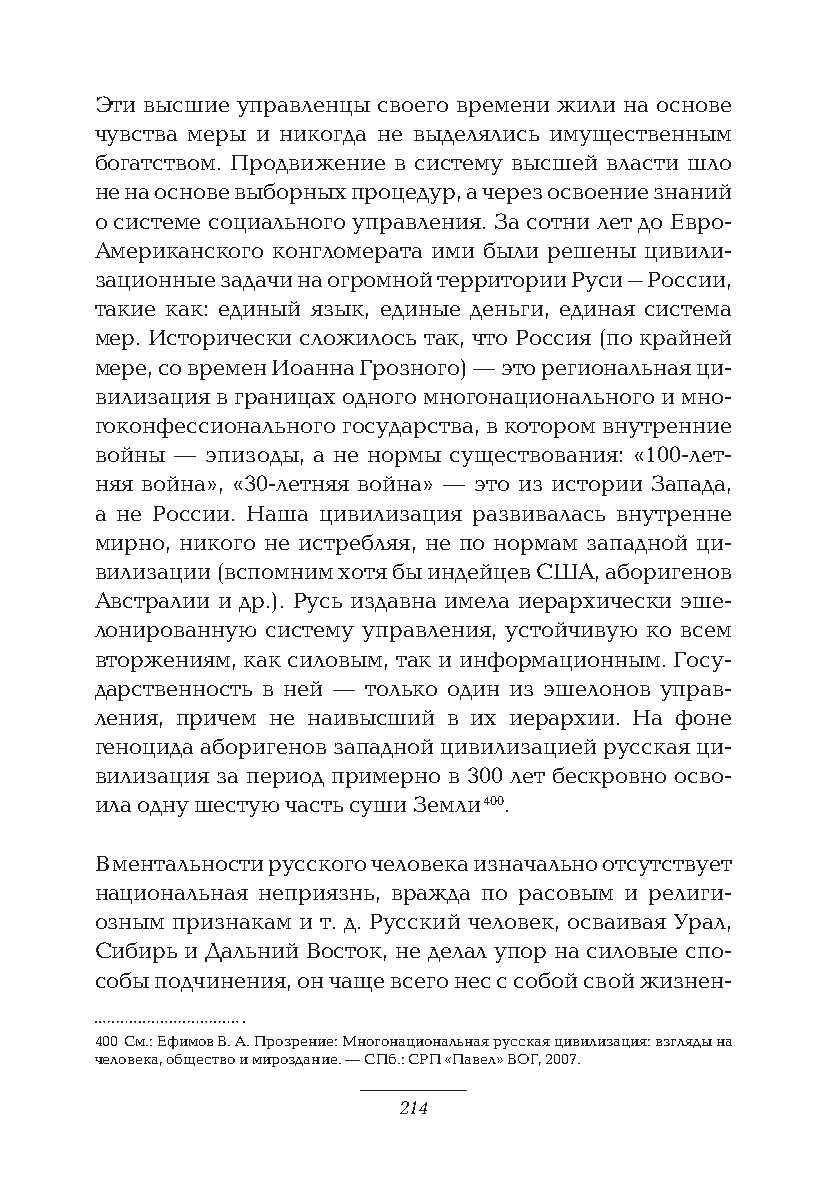
Эти высшие управленцы своего времени жили на основе
 чувства меры и никогда не выделялись имущественным
 богатством. Продвижение в систему высшей власти шло
 не на основе выборных процедур, а через освоение знаний
 о системе социального управления. За сотни лет до Евро-
 Американского конгломерата ими были решены цивили-
 зационные задачи на огромной территории Руси–России,
 такие как: единый язык, единые деньги, единая система
 мер. Исторически сложилось так, что Россия (по крайней
 мере, со времен Иоанна Грозного) — это региональная ци-
 вилизация в границах одного многонационального и мно-
 гоконфессионального государства, в котором внутренние
 войны — эпизоды, а не нормы существования: «100-лет-
 няя война», «30-летняя война» — это из истории Запада,
 а не России. Наша цивилизация развивалась внутренне
 мирно, никого не истребляя, не по нормам западной ци-
 вилизации (вспомним хотя бы индейцев США, аборигенов
 Австралии и др.). Русь издавна имела иерархически эше-
 лонированную систему управления, устойчивую ко всем
 вторжениям, как силовым, так и информационным. Госу-
 дарственность в ней — только один из эшелонов управ-
 ления, причем не наивысший в их иерархии. На фоне
 геноцида аборигенов западной цивилизацией русская ци-
 вилизация за период примерно в 300 лет бескровно осво-
 ила одну шестую часть суши Земли 400.
 В ментальности русского человека изначально отсутствует
 национальная неприязнь, вражда по расовым и религи-
 озным признакам и т. д. Русский человек, осваивая Урал,
 Сибирь и Дальний Восток, не делал упор на силовые спо-
 собы подчинения, он чаще всего нес с собой свой жизнен-
 400 См.: Ефимов В. А. Прозрение: Многонациональная русская цивилизация: взгляды на
 человека, общество и мироздание. — СПб.: СРП «Павел» ВОГ, 2007.
 214